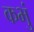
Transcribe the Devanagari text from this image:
कभुं